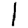
Digit: 1